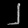
Digit: ၂